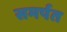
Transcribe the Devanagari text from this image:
समर्पत